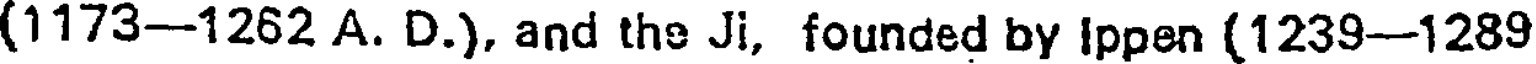
(1173-1262 A. D.), and the Ji, founded by Ippen (1239-1289